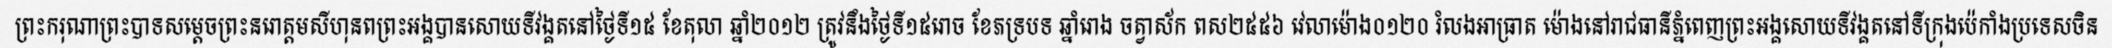
ព្រះករុណាព្រះបាទសម្តេចព្រះនរោត្តមសីហុនពព្រះអង្គបានសោយទីវង្គតនៅថ្ងៃទី១៥ ខែតុលា ឆ្នាំ២០១២ ត្រូវនឹងថ្ងៃទី១៥រោច ខែភទ្របទ ឆ្នាំរោង ចត្វាស័ក ពស២៥៥៦ វេលាម៉ោង០១២០ រំលងអាធ្រាត ម៉ោងនៅរាជធានីភ្នំពេញព្រះអង្គសោយទីវង្គតនៅទីក្រុងប៉េកាំងប្រទេសចិន